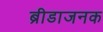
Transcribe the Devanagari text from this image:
ब्रीडाजनक